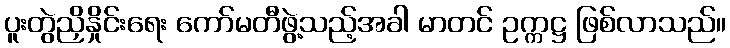
ပူးတွဲညှိနှိုင်းရေး ကော်မတီဖွဲ့သည့်အခါ မာတင် ဥက္ကဋ္ဌ ဖြစ်လာသည်။